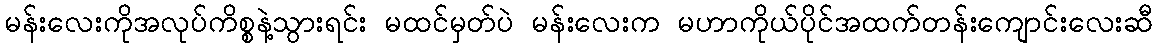
မန်းလေးကိုအလုပ်ကိစ္စနဲ့သွားရင်း မထင်မှတ်ပဲ မန်းလေးက မဟာကိုယ်ပိုင်အထက်တန်းကျောင်းလေးဆီ